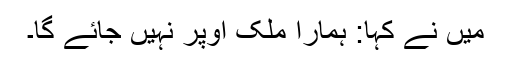
میں نے کہا: ہمارا ملک اوپر نہیں جائے گا۔